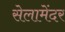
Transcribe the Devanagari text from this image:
सेलामेंदर